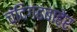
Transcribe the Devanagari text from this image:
चंदिगढबाहेर